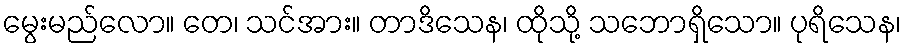
မွေးမည်လော။ တေ၊ သင်အား။ တာဒိသေန၊ ထိုသို့ သဘောရှိသော။ ပုရိသေန၊